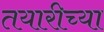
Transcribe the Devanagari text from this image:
तयारीच्या